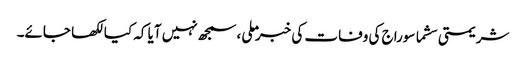
شریمتی سشما سوراج کی وفات کی خبر ملی ،سمجھ نہیں آیا کہ کیا لکھا جائے۔